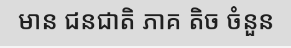
មាន ជនជាតិ ភាគ តិច ចំនួន